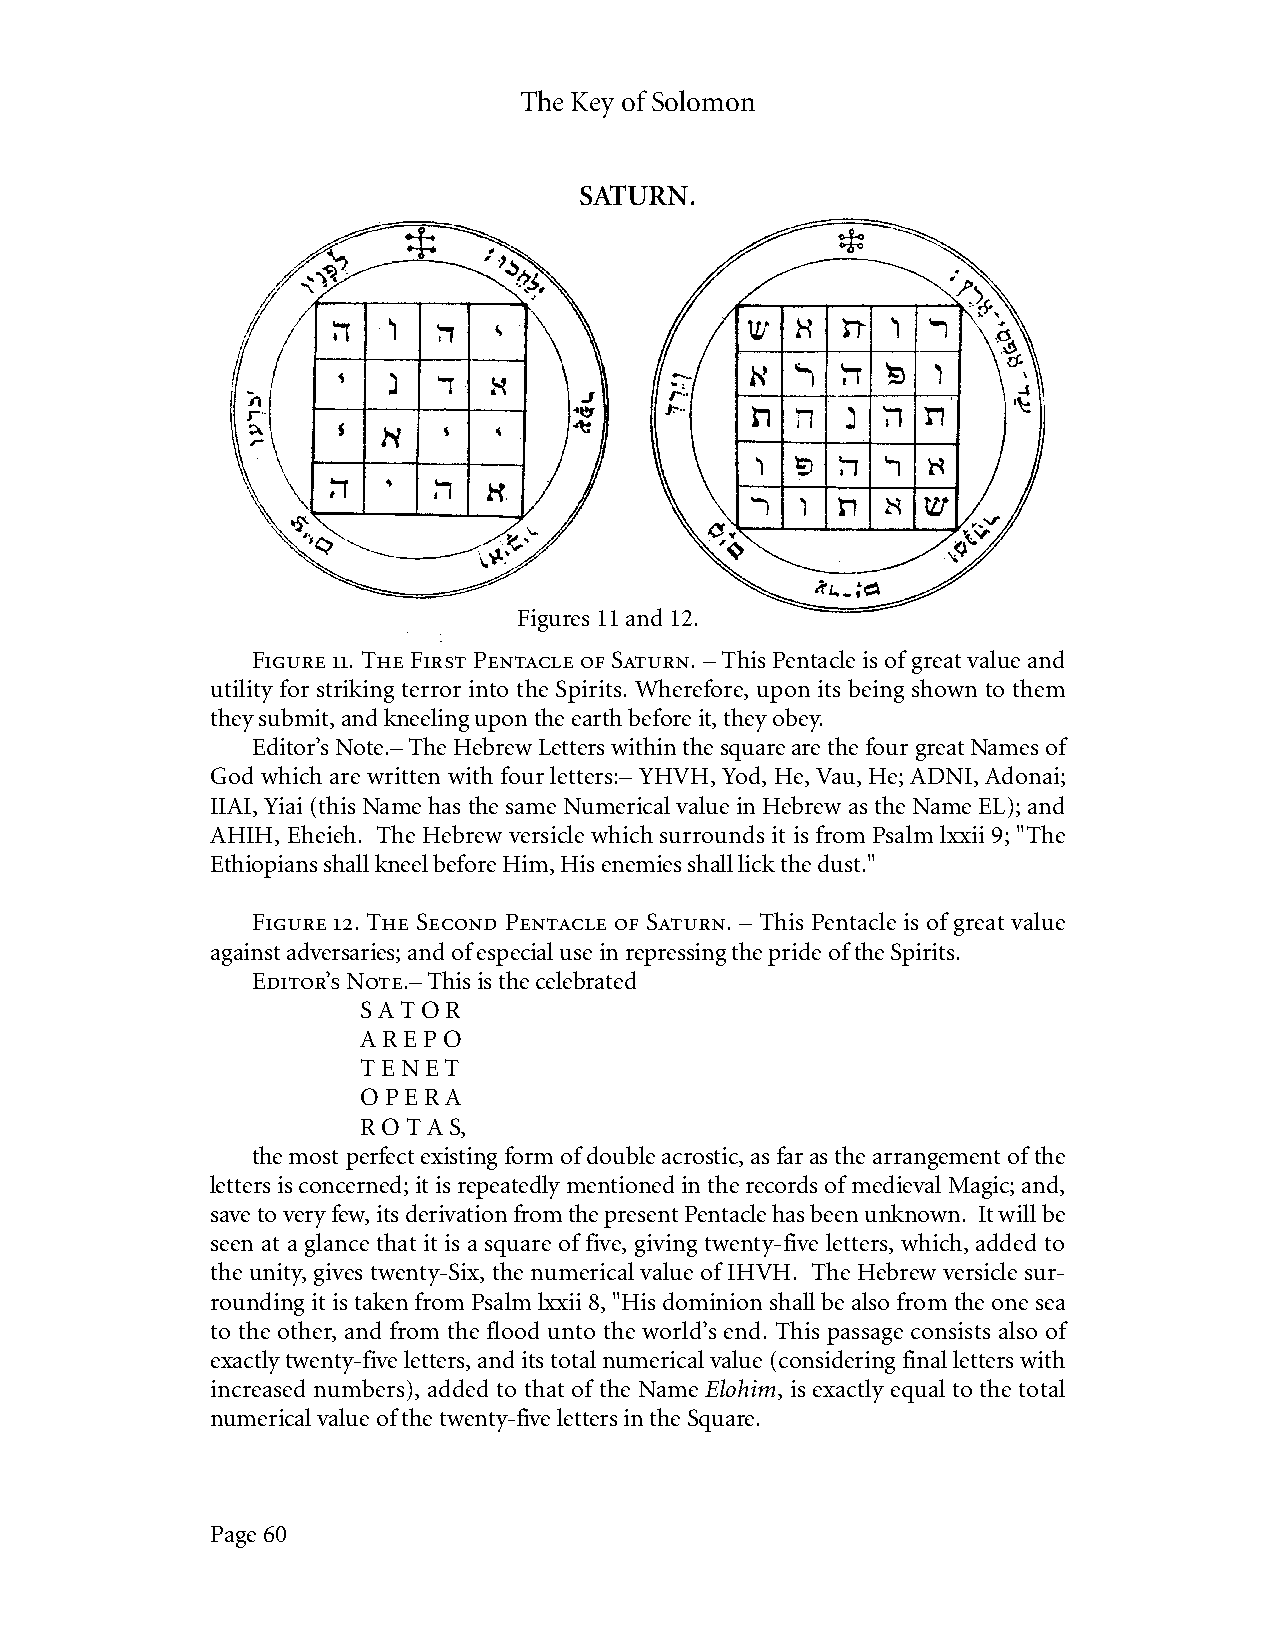
The Key of Solomon
 SATURN.
 Figures 11 and 12.
 Figure 11. The First Pentacle of Saturn. – This Pentacle is of great value and
 utility for striking terror into the Spirits. Wherefore, upon its being shown to them
 they submit, and kneeling upon the earth before it, they obey.
 Editor’s Note.– The Hebrew Letters within the square are the four great Names of
 God which are written with four letters:– YHVH, Yod, He, Vau, He; ADNI, Adonai;
 IIAI, Yiai (this Name has the same Numerical value in Hebrew as the Name EL); and
 AHIH, Eheieh. The Hebrew versicle which surrounds it is from Psalm lxxii 9; "The
 Ethiopians shall kneel before Him, His enemies shall lick the dust."
 Figure 12. The Second Pentacle of Saturn. – This Pentacle is of great value
 against adversaries; and of especial use in repressing the pride of the Spirits.
 Editor’s Note.– This is the celebrated
 S A T O R
 A R E P O
 T E N E T
 O P E R A
 R O T A S,
 the most perfect existing form of double acrostic, as far as the arrangement of the
 letters is concerned; it is repeatedly mentioned in the records of medieval Magic; and,
 save to very few, its derivation from the present Pentacle has been unknown. It will be
 seen at a glance that it is a square of five, giving twenty-five letters, which, added to
 the unity, gives twenty-Six, the numerical value of IHVH. The Hebrew versicle sur-
 rounding it is taken from Psalm lxxii 8, "His dominion shall be also from the one sea
 to the other, and from the flood unto the world’s end. This passage consists also of
 exactly twenty-five letters, and its total numerical value (considering final letters with
 increased numbers), added to that of the Name Elohim, is exactly equal to the total
 numerical value of the twenty-five letters in the Square.
 Page 60